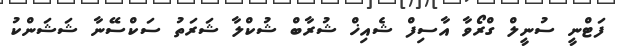
ފަޓްނީ ސުނީލް ގްރޯވާ އާސިފް ޝެއިޚް ޝުރާބް ޝުކްލާ ޝަރަތު ސަކްސޭނާ ޝަޝަންކު